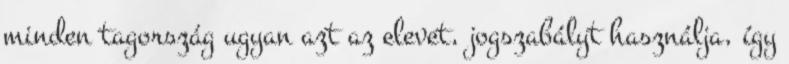
minden tagország ugyan azt az elevet, jogszabályt használja, így